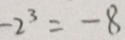
- 2 ^ { 3 } = - 8